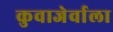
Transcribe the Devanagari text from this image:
कुवाजेर्वाला